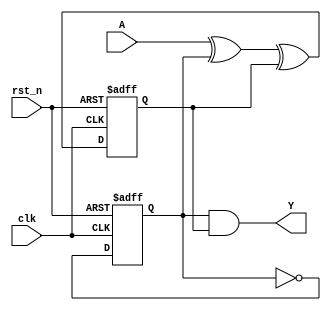


// statecircuit1.png
// Q1n+1 = A  Q1n  Q0n
// Q0n+1= ~Q0n
// Y=Q0n  Q1n

 module statecircuit1(
    input    wire   A   ,
    input    wire   clk ,
    input    wire   rst_n,

    output   wire   Y  
 );
    reg Q0, Q1;

    always @(posedge clk or negedge rst_n) begin
        if (~rst_n) begin
            Q1 <= 0;
        end
        else begin
            Q1 <= A ^ Q0 ^ Q1;
        end
    end
    always@(posedge clk or negedge rst_n) begin
        if(~rst_n) begin
            Q0 <= 0;
        end
        else begin
            Q0 <= ~Q0;
        end
    end
    assign Y = Q0 & Q1;
endmodule



//d
// reg Q0, Q1;
// always @(posedge clk or negedge rst_n) begin
//     if (~rst_n) begin
//         Q1 <= 0;
//     end
//     else begin
//         Q1 <= ;
//     end
// end
// always@(posedge clk or negedge rst_n) begin
//     if(~rst_n) begin
//         Q0 <= 0;
//     end
//     else begin
//         Q0 <= ;
//     end
// end
// assign Y = ;